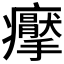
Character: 𱱭